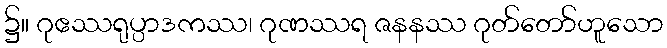
၌။ ဂုဧဿရုပ္ပာဒကဿ၊ ဂုဏဿရ ဇနနဿ ဂုတ်တော်ဟူသော